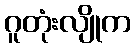
ဂူတုံးလျိုက